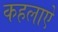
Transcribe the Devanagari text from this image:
कहलाऐ